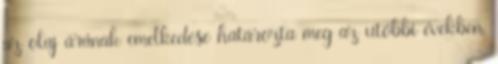
az olaj árának emelkedése határozta meg az utóbbi években,